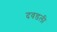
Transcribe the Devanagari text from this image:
दवडली